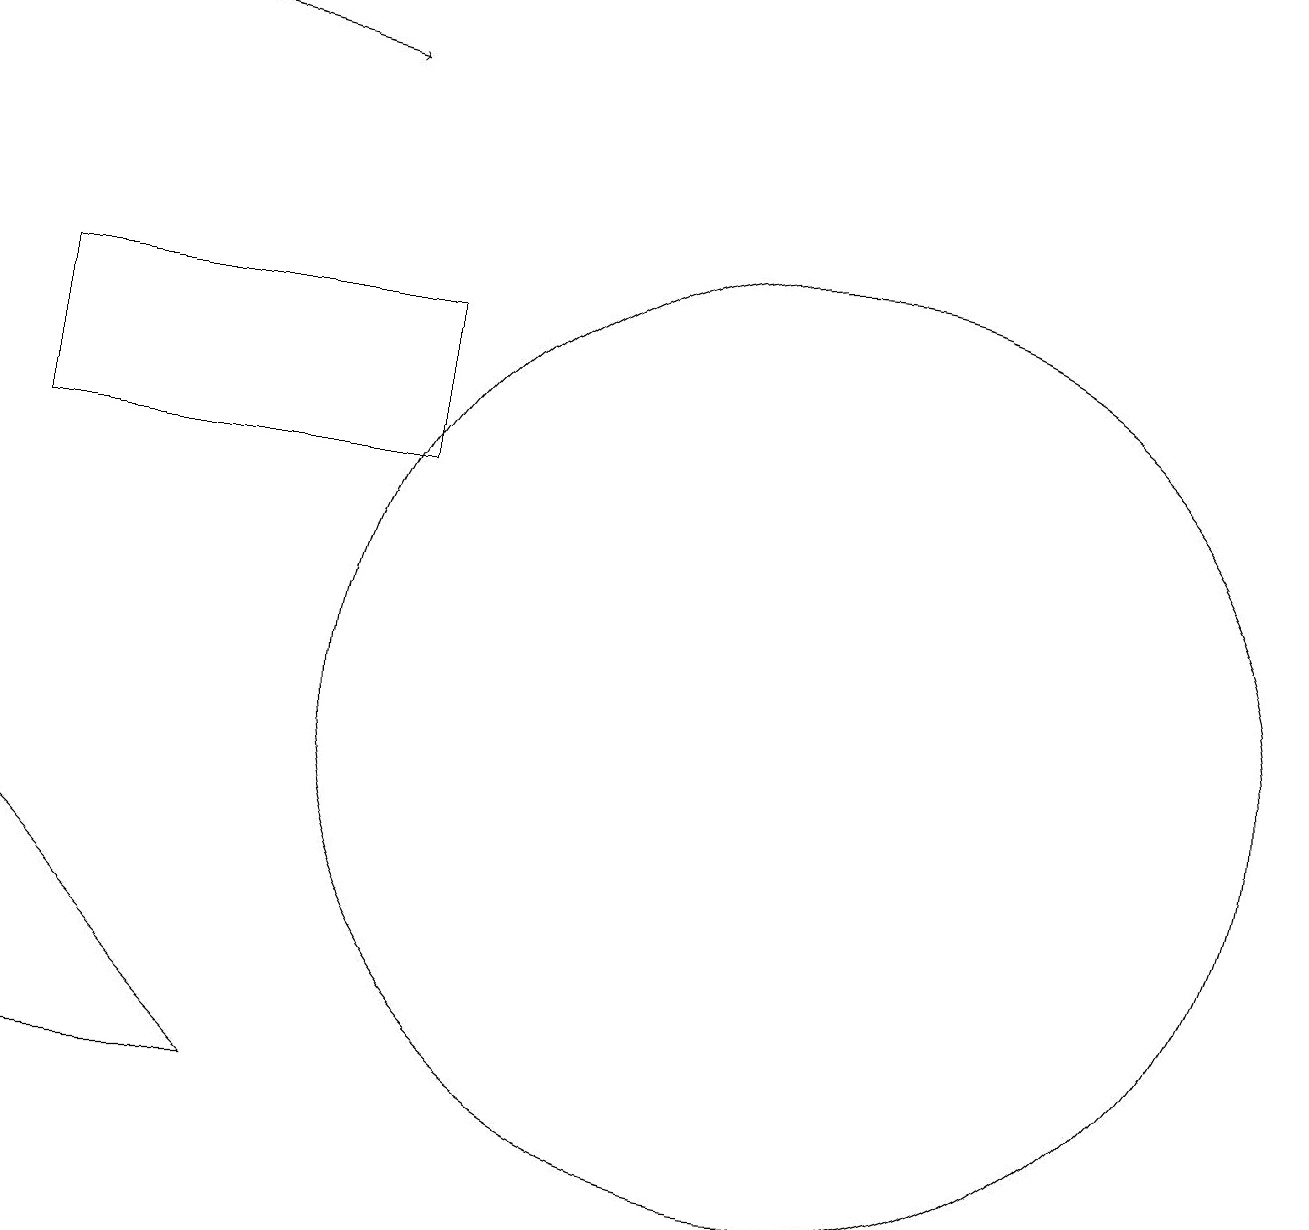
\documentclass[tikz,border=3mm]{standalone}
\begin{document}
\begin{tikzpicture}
\draw[->] (1,19) -- (5,18);
\draw (1,15) rectangle (6,13);
\draw (1,5) -- (4,5) -- (1,8) -- cycle;
\draw (11,10) circle (6);
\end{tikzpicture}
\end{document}